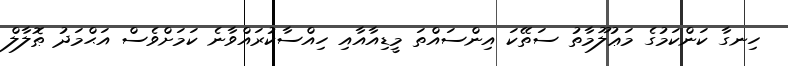
ހިނގާ ކަންކަމުގެ މަޢުލޫމާތު ސަތޭކަ އިންސައްތަ މީޑިއާއާއި ހިއްސާކުރައްވާނެ ކަމަށްވެސް އަޙްމަދު ޠޮލާލް